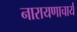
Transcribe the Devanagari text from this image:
नारायणाचार्य